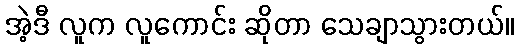
အဲ့ဒီ လူက လူကောင်း ဆိုတာ သေချာသွားတယ်။